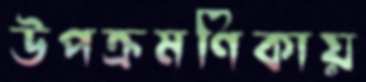
উপক্রমণিকায়